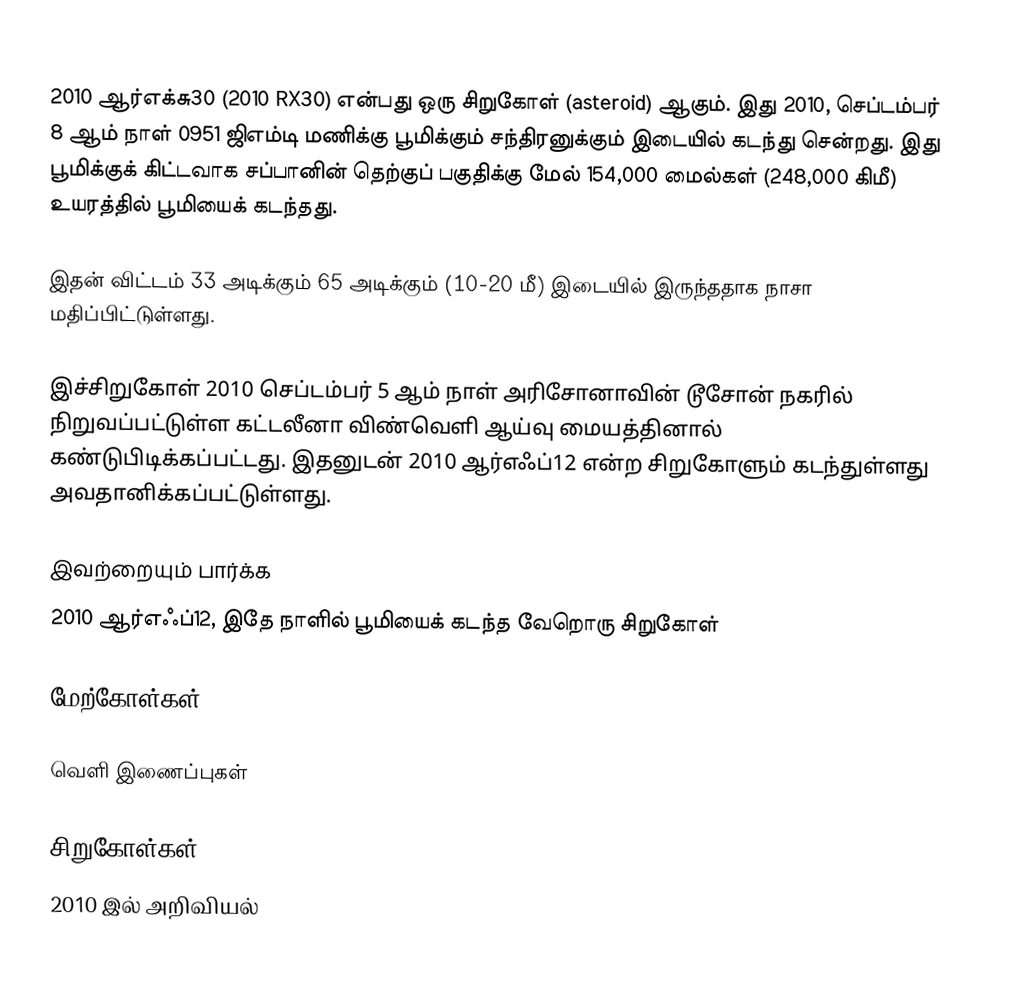
2010 ஆர்எக்சு30 (2010 RX30) என்பது ஒரு சிறுகோள் (asteroid) ஆகும். இது 2010, செப்டம்பர் 8 ஆம் நாள் 0951 ஜிஎம்டி மணிக்கு பூமிக்கும் சந்திரனுக்கும் இடையில் கடந்து சென்றது. இது பூமிக்குக் கிட்டவாக சப்பானின் தெற்குப் பகுதிக்கு மேல் 154,000 மைல்கள் (248,000 கிமீ) உயரத்தில் பூமியைக் கடந்தது.

இதன் விட்டம் 33 அடிக்கும் 65 அடிக்கும் (10-20 மீ) இடையில் இருந்ததாக நாசா மதிப்பிட்டுள்ளது.

இச்சிறுகோள் 2010 செப்டம்பர் 5 ஆம் நாள் அரிசோனாவின் டூசோன் நகரில் நிறுவப்பட்டுள்ள கட்டலீனா விண்வெளி ஆய்வு மையத்தினால் கண்டுபிடிக்கப்பட்டது. இதனுடன் 2010 ஆர்எஃப்12 என்ற சிறுகோளும் கடந்துள்ளது அவதானிக்கப்பட்டுள்ளது.

இவற்றையும் பார்க்க
 2010 ஆர்எஃப்12, இதே நாளில் பூமியைக் கடந்த வேறொரு சிறுகோள்

மேற்கோள்கள்

வெளி இணைப்புகள்

சிறுகோள்கள்
2010 இல் அறிவியல்